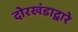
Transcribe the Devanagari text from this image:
दोरखंडाद्वारे